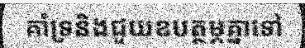
គាំទ្រនិងជួយឧបត្ថម្ភគ្នាទៅ